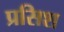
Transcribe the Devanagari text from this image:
प्रसिश